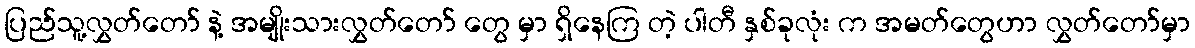
ပြည်သူ့လွှတ်တော် နဲ့ အမျိုးသားလွှတ်တော် တွေ မှာ ရှိနေကြ တဲ့ ပါတီ နှစ်ခုလုံး က အမတ်တွေဟာ လွှတ်တော်မှာ